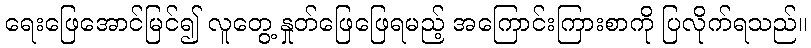
ရေးဖြေအောင်မြင်၍ လူတွေ့ နှုတ်ဖြေဖြေရမည့် အကြောင်းကြားစာကို ပြလိုက်ရသည်။